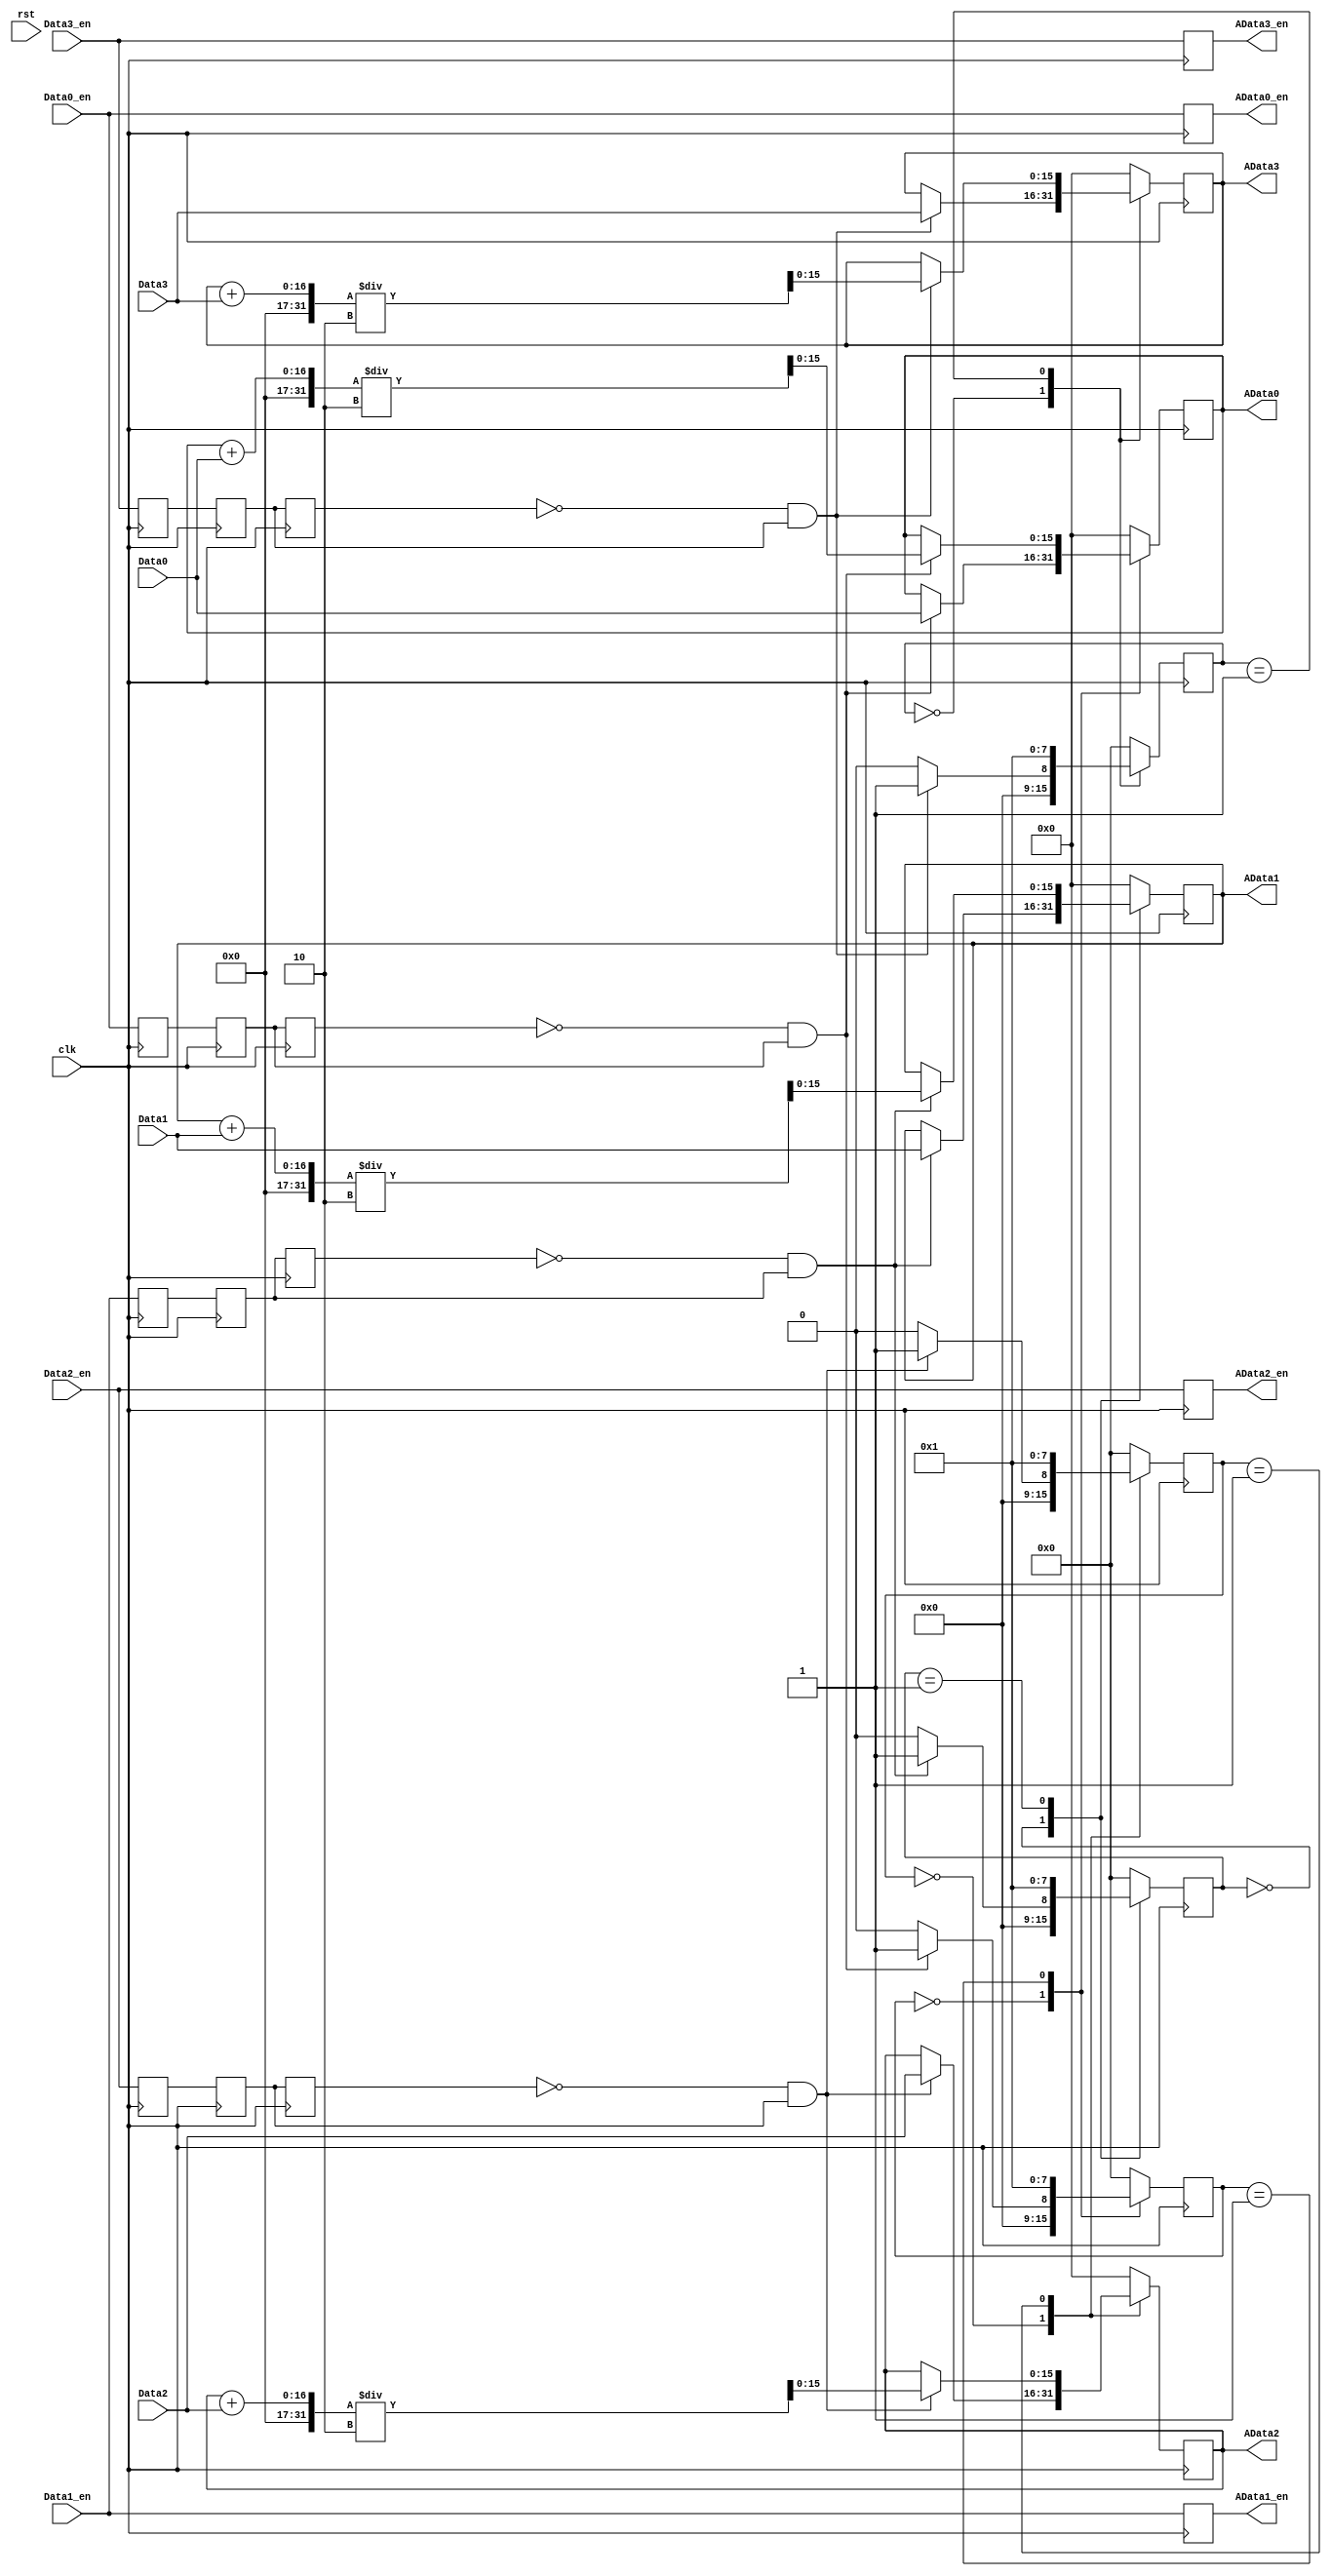
`timescale 1ns / 1ns
module average_base2(
    input clk,rst,
	 	 
	 input [15:0]Data0,
	 input [15:0]Data1,
	 input [15:0]Data2,
	 input [15:0]Data3,
	 input Data0_en,
	 input Data1_en,
	 input Data2_en,
	 input Data3_en,
	 
	 output reg[15:0]AData0,
	 output reg[15:0]AData1,
	 output reg[15:0]AData2,
	 output reg[15:0]AData3,
	 output reg AData0_en,
	 output reg AData1_en,
	 output reg AData2_en,
	 output reg AData3_en
	 );

wire pos_Data0_en,neg_Data0_en;
wire pos_Data1_en,neg_Data1_en;
wire pos_Data2_en,neg_Data2_en;
wire pos_Data3_en,neg_Data3_en;
reg Data0_en_r0,Data0_en_r1,Data0_en_r2;
reg Data1_en_r0,Data1_en_r1,Data1_en_r2;
reg Data2_en_r0,Data2_en_r1,Data2_en_r2;
reg Data3_en_r0,Data3_en_r1,Data3_en_r2;
always@(posedge clk)
	begin
		Data0_en_r0<=Data0_en;
		Data0_en_r1<=Data0_en_r0;
		Data0_en_r2<=Data0_en_r1;
		
		Data1_en_r0<=Data1_en;
		Data1_en_r1<=Data1_en_r0;
		Data1_en_r2<=Data1_en_r1;
		
		Data2_en_r0<=Data2_en;
		Data2_en_r1<=Data2_en_r0;
		Data2_en_r2<=Data2_en_r1;
		
		Data3_en_r0<=Data3_en;
		Data3_en_r1<=Data3_en_r0;
		Data3_en_r2<=Data3_en_r1;
	end

assign pos_Data0_en=(~Data0_en_r2)&Data0_en_r1;
assign pos_Data1_en=(~Data1_en_r2)&Data1_en_r1;
assign pos_Data2_en=(~Data2_en_r2)&Data2_en_r1;
assign pos_Data3_en=(~Data3_en_r2)&Data3_en_r1;

assign neg_Data0_en=Data0_en_r2&(~Data0_en_r1); 
assign neg_Data1_en=Data1_en_r2&(~Data1_en_r1); 
assign neg_Data2_en=Data2_en_r2&(~Data2_en_r1); 
assign neg_Data3_en=Data3_en_r2&(~Data3_en_r1); 

always@(posedge clk)
	begin
		AData0_en<=Data0_en;
		AData1_en<=Data1_en;
		AData2_en<=Data2_en;
		AData3_en<=Data3_en;
	end
	 
(*syn_preserve = 1*)reg [7:0]average_state0,average_state1,average_state2,average_state3;
always@(posedge clk)
	begin
		case(average_state0)
			0:begin
				if(pos_Data0_en)
					begin
						average_state0<=1;
						AData0<=Data0;
					end
				else average_state0<=0;
				end
			1:begin
				if(pos_Data0_en)AData0<=(AData0+Data0)/2;
				else AData0<=AData0;
				average_state0<=1;
				end
			default:begin
					average_state0<=0;
					AData0		  <=0;
					end
		endcase
		
		case(average_state1)
			0:begin
				if(pos_Data1_en)
					begin
						average_state1<=1;
						AData1<=Data1;
					end
				else average_state1<=0;
				end
			1:begin
				if(pos_Data1_en)AData1<=(AData1+Data1)/2;
				else AData1<=AData1;
				average_state1<=1;
				end
			default:begin
					average_state1<=0;
					AData1		  <=0;
					end
		endcase
		
		case(average_state2)
			0:begin
				if(pos_Data2_en)
					begin
						average_state2<=1;
						AData2<=Data2;
					end
				else average_state2<=0;
				end
			1:begin
				if(pos_Data2_en)AData2<=(AData2+Data2)/2;
				else AData2<=AData2;
				average_state2<=1;
				end
			default:begin
					average_state2<=0;
					AData2		  <=0;
					end
		endcase
		
		case(average_state3)
			0:begin
				if(pos_Data3_en)
					begin
						average_state3<=1;
						AData3<=Data3;
					end
				else average_state3<=0;
				end
			1:begin
				if(pos_Data3_en)AData3<=(AData3+Data3)/2;
				else AData3<=AData3;
				average_state3<=1;
				end
			default:begin
					average_state3<=0;
					AData3		  <=0;
					end
		endcase
	end
endmodule